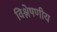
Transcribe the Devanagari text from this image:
विश्लेषणीय